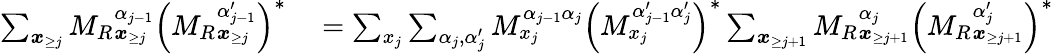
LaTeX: \begin{array}{rl}{\sum_{\boldsymbol{x}_{\ge j}}{M_{R}}_{\boldsymbol x_{\ge j}}^{\alpha_{j-1}}\left({M_{R}}_{\boldsymbol x_{\ge j}}^{\alpha_{j-1}^{\prime}}\right)^{*}}&{{}=\sum_{x_{j}}\sum_{\alpha_{j},\alpha_{j}^{\prime}}M_{x_{j}}^{\alpha_{j-1}\alpha_{j}}\left(M_{x_{j}}^{\alpha_{j-1}^{\prime}\alpha_{j}^{\prime}}\right)^{*}\sum_{\boldsymbol{x}_{\ge j+1}}{M_{R}}_{\boldsymbol{x}_{\ge j+1}}^{\alpha_{j}}\left({M_{R}}_{\boldsymbol{x}_{\ge j+1}}^{\alpha_{j}^{\prime}}\right)^{*}}\end{array}